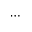
\cdots